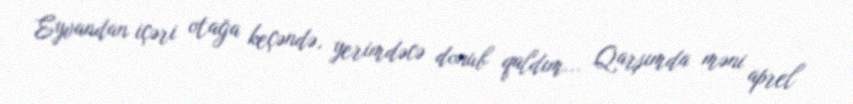
Eyvandan içəri otağa keçəndə, yerimdəcə donub qaldım... Qarşımda məni aprel